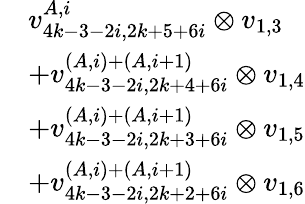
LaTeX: \begin{array}{rl}&{v_{4k-3-2i,2k+5+6i}^{A,i}\otimes v_{1,3}}\\ &{+v_{4k-3-2i,2k+4+6i}^{(A,i)+(A,i+1)}\otimes v_{1,4}}\\ &{+v_{4k-3-2i,2k+3+6i}^{(A,i)+(A,i+1)}\otimes v_{1,5}}\\ &{+v_{4k-3-2i,2k+2+6i}^{(A,i)+(A,i+1)}\otimes v_{1,6}}\end{array}